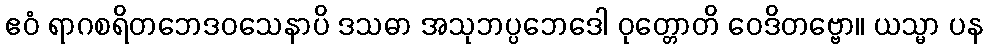
ဧဝံ ရာဂစရိတဘေဒဝသေနာပိ ဒသဓာ အသုဘပ္ပဘေဒေါ ဝုတ္တောတိ ဝေဒိတဗ္ဗော။ ယသ္မာ ပန